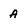
Character: A